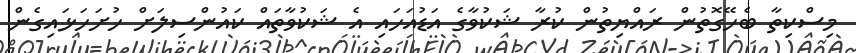
މިސްކިތާ ބެހޭގޮތުން ރައްޔިތުން ކުރާ ޝަކުވާގެ އަޑުއަހައި އެ ޝަކުވާތައް ކައުންސިލަށް ހުށަހަޅައިގެން